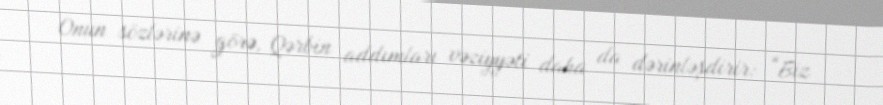
Onun sözlərinə görə, Qərbin addımları vəziyyəti daha da dərinləşdirir: “Biz